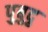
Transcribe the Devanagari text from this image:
पुबुदु